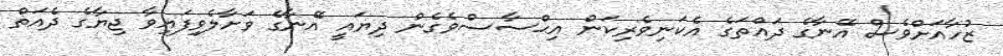
ޒުހާއަށްވެސް އޭނާގެ ދައްތަގެ އެކަނިވެރިކަން އިޙްސާސްވެގެން ދިޔައީ އޭނާގެ ވަށާލެވިފައިވާ ޖިޔާގެ ދެއަތް